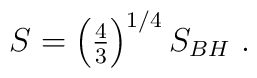
S = \left( {\textstyle{{4}\over{3}}} \right)^{1/4} S_{BH} \ .